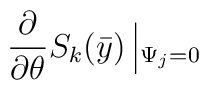
\frac{ \partial }{\partial \theta } S_k(\bar{y})\left |_{\Psi_j =0}\right .